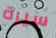
سيرة